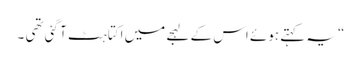
“ یہ کہتے ہوئے اس کے لہجے میں اکتاہٹ آ گئی تھی ۔